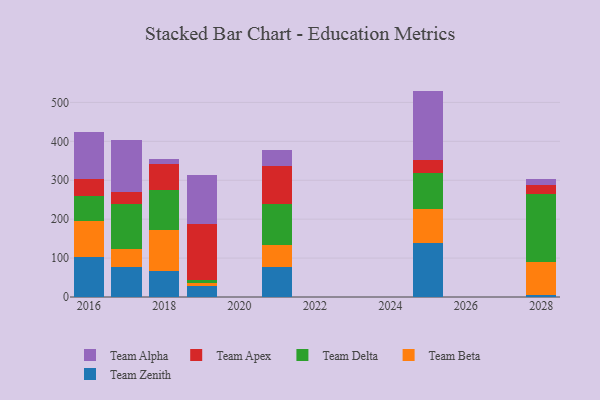
{"axis": {"x": "Year", "y": "Demand Index"}, "legend": ["Team Alpha", "Team Apex", "Team Beta", "Team Delta", "Team Zenith"], "data": [{"x": "2018", "y": 68.1, "type": "Team Zenith"}, {"x": "2018", "y": 104.5, "type": "Team Beta"}, {"x": "2018", "y": 102.3, "type": "Team Delta"}, {"x": "2018", "y": 66.0, "type": "Team Apex"}, {"x": "2018", "y": 13.1, "type": "Team Alpha"}, {"x": "2021", "y": 77.9, "type": "Team Zenith"}, {"x": "2021", "y": 54.5, "type": "Team Beta"}, {"x": "2021", "y": 105.7, "type": "Team Delta"}, {"x": "2021", "y": 97.4, "type": "Team Apex"}, {"x": "2021", "y": 42.0, "type": "Team Alpha"}, {"x": "2016", "y": 102.9, "type": "Team Zenith"}, {"x": "2016", "y": 92.7, "type": "Team Beta"}, {"x": "2016", "y": 64.4, "type": "Team Delta"}, {"x": "2016", "y": 43.4, "type": "Team Apex"}, {"x": "2016", "y": 121.2, "type": "Team Alpha"}, {"x": "2017", "y": 76.8, "type": "Team Zenith"}, {"x": "2017", "y": 46.0, "type": "Team Beta"}, {"x": "2017", "y": 115.6, "type": "Team Delta"}, {"x": "2017", "y": 30.5, "type": "Team Apex"}, {"x": "2017", "y": 134.6, "type": "Team Alpha"}, {"x": "2028", "y": 5.4, "type": "Team Zenith"}, {"x": "2028", "y": 83.6, "type": "Team Beta"}, {"x": "2028", "y": 175.5, "type": "Team Delta"}, {"x": "2028", "y": 23.1, "type": "Team Apex"}, {"x": "2028", "y": 16.3, "type": "Team Alpha"}, {"x": "2019", "y": 29.3, "type": "Team Zenith"}, {"x": "2019", "y": 5.5, "type": "Team Beta"}, {"x": "2019", "y": 8.6, "type": "Team Delta"}, {"x": "2019", "y": 143.3, "type": "Team Apex"}, {"x": "2019", "y": 126.5, "type": "Team Alpha"}, {"x": "2025", "y": 138.0, "type": "Team Zenith"}, {"x": "2025", "y": 88.6, "type": "Team Beta"}, {"x": "2025", "y": 92.2, "type": "Team Delta"}, {"x": "2025", "y": 33.2, "type": "Team Apex"}, {"x": "2025", "y": 177.7, "type": "Team Alpha"}]}